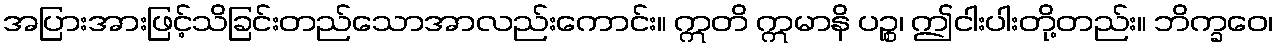
အပြားအားဖြင့်သိခြင်းတည်သောအာလည်းကောင်း။ ဣတိ ဣမာနိ ပဉ္စ၊ ဤငါးပါးတို့တည်း။ ဘိက္ခဝေ၊